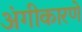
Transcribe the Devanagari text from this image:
अंगीकारणे